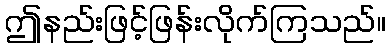
ဤနည်းဖြင့်ဖြန်းလိုက်ကြသည်။